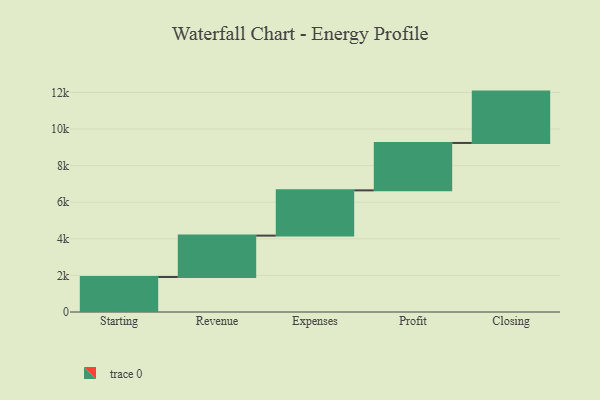
{"axis": {"x": "Step", "y": "Value"}, "legend": [""], "data": [{"x": "Starting", "y": 1914.0, "type": ""}, {"x": "Revenue", "y": 2261.0, "type": ""}, {"x": "Expenses", "y": 2474.0, "type": ""}, {"x": "Profit", "y": 2590.0, "type": ""}, {"x": "Closing", "y": 2807.0, "type": ""}]}